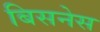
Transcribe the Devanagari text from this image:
बिसनेस